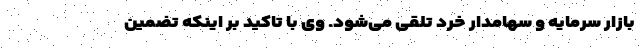
بازار سرمایه و سهامدار خرد تلقی می‌شود. وی با تاکید بر اینکه تضمین